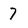
Character: 7